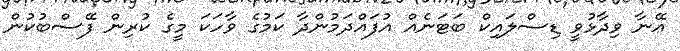
އޭނާ ވިދާޅުވީ ޑިސްލައިކް ބަޓަނެއް އުފައްދަމުންދާ ކަމުގެ ވާހަކަ މީގެ ކުރިން ފޭސްބުކުން